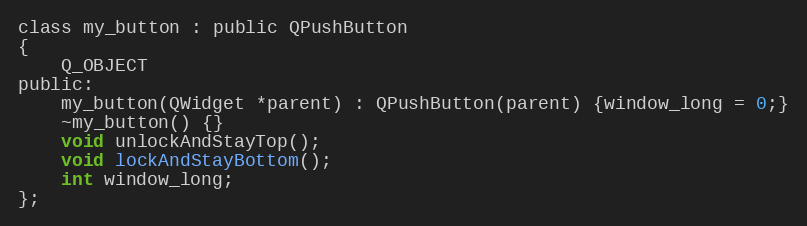
Language: C
class my_button : public QPushButton
{
    Q_OBJECT
public:
    my_button(QWidget *parent) : QPushButton(parent) {window_long = 0;}
    ~my_button() {}
    void unlockAndStayTop();
    void lockAndStayBottom();
    int window_long;
};